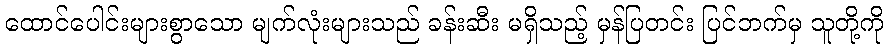
ထောင်ပေါင်းများစွာသော မျက်လုံးများသည် ခန်းဆီး မရှိသည့် မှန်ပြတင်း ပြင်ဘက်မှ သူတို့ကို